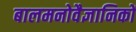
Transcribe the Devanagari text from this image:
बालमनोवैज्ञानिकों